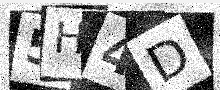
Text: 5H4D